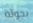
بجولة